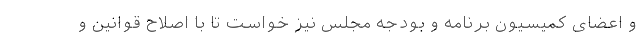
و اعضای کمیسیون برنامه و بودجه مجلس نیز خواست تا با اصلاح قوانین و